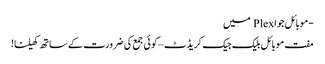
-موبائل جوا Plex میں
مفت موبائل بلیک جیک کریڈٹ – کوئی جمع کی ضرورت کے ساتھ کھیلنا!